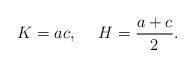
LaTeX: \begin{align*} K= ac, \ \ \ \ H=\frac{a+c}{2}.\end{align*}